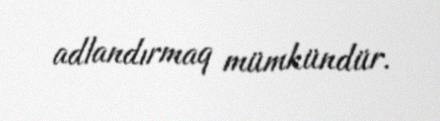
adlandırmaq mümkündür.